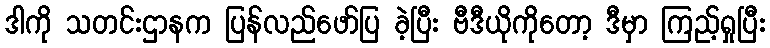
ဒါကို သတင်းဌာနက ပြန်လည်ဖော်ပြ ခဲ့ပြီး ဗီဒီယိုကိုတော့ ဒီမှာ ကြည့်ရှုပြီး